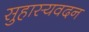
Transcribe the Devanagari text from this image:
सुहास्यवदन